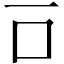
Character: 𠮛